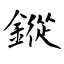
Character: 鏦